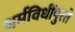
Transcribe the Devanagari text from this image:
धर्मविधींपुरते